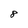
Character: 8